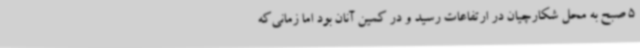
5 صبح به محل شکارچیان در ارتفاعات رسید و در کمین آنان بود اما زمانی‌که